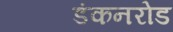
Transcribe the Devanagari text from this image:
डंकनरोड